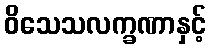
ဝိသေသလက္ခဏာနှင့်